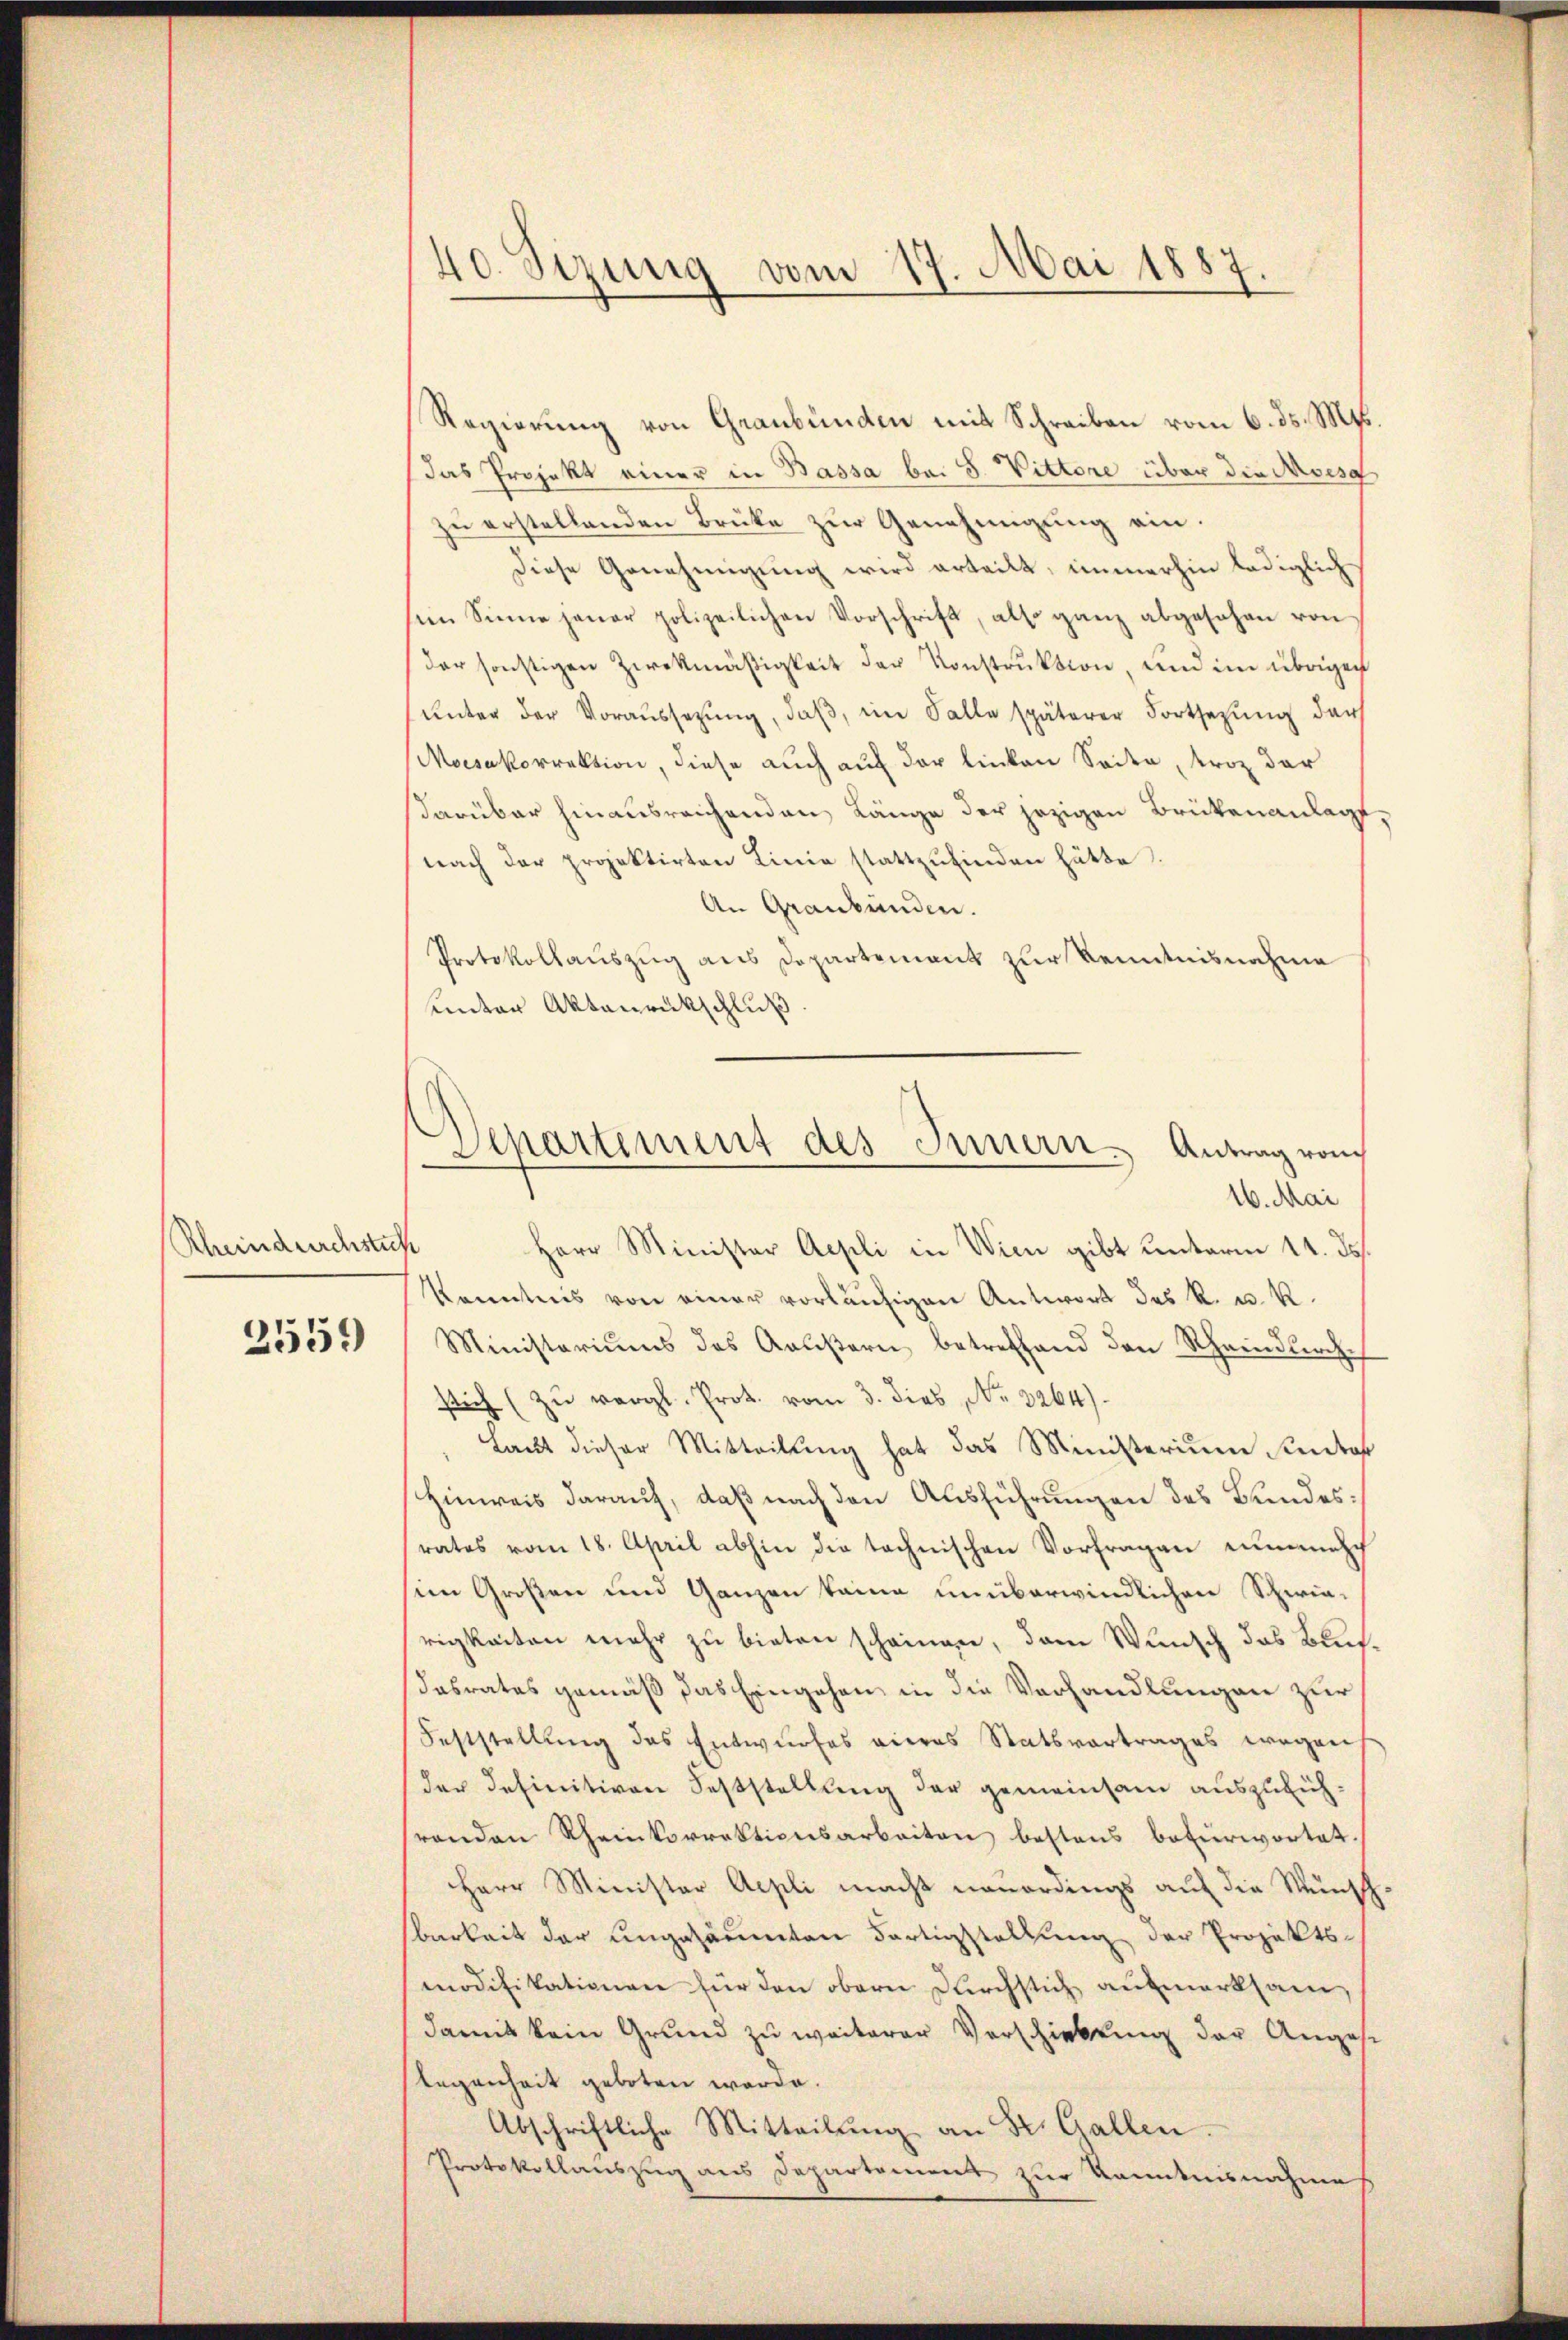
Rheindurchstuck
2559

40. Sizung vom 17. Mai 1887.

Regierung von Graubünden mit Schreiben vom 6. ds. Mts.
das Projekt einer in Bassa bei S. Vittere über die Avesg
zu erstellenden Brüke zur Genehmigung ein.
Diese Genehmigung wird erteilt, immerhin lediglich
sein Sinne jener polizeilichen Vorschrift, also ganz abgesehen von
der sonstigen Zweckmäßigkeit der Konstruktion, und im übrigen
ŭnter der Voraŭssetzŭng, daβ im Falle späterer Fortsetzŭng der
Moisakorrektion, diese auch auf der linken Seite, troz der
darüber hinausreichenden Länge der jezigen Brükenanlagenach der projektirten Linie stattzŭfinden hätte.
An Graubünden.
Protokollauszug aus Departement zur Kenntnisnahme
unter Aktenrückschluß
Herr Minister Aepli in Wien gibt unterm 14. ds.
Kenntnis von einer vorläufigen Antwort des k. u. k.
Ministeriums des Kalistern betreffend den Rheindurch-
sich zŭ vergl. Prot. vom 3. dies No. 3264)
Laut dieser Mitteilung hat das Ministerium Amtes
Hinweis darauf, daß nach den Ausführungen des Bundesrates vom 18. April abhin die technischen Vorfragen zumach
sien Großen und Ganzen keine unüberwindlichen Schwie-
rigkeiten mehr zu bieten scheinen, dem Wunsch das Buchdasrates gemäß das Eingehen in die Verhandlungen zur
Feststellung des Entwurfes vieres Statsvertrages wegen
der definitiven Feststellung der gemeinsam auszuführenden Rheinkorrektionsarbeiten bestens befürwortet.
Herr Minister Aepli macht neuerdings auf die Wünschbarkeit der Ungesäumten Fortigstellung der Projektsmodifikationen für den obern Kirchstich aufmerksam,
damit kein Grund zu weiterer Vorschiebung der Angese
legenheit geboten werde.
Abschriftliche Mitteilŭng an Dr. Gallen.
Protokollauszug aus Departement zur Kenntnisnahme

Departement des Innern. Antrag von
2. Mai